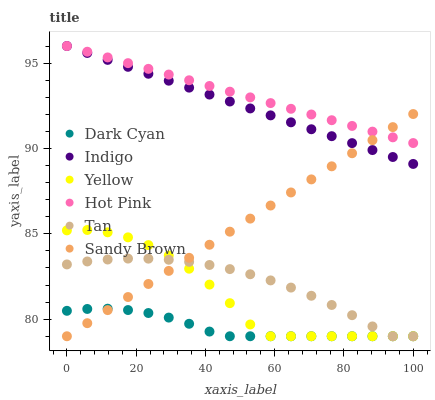
| xaxis_label | Dark Cyan | Indigo | Yellow | Hot Pink | Tan | Sandy Brown |
 | --- | --- | --- | --- | --- | --- | --- |
 | 0 | 80.5 | 96 | 85.2 | 96 | 83.2 | 79 |
 | 5.88 | 80.6 | 95.6 | 85.2 | 95.7 | 83.4 | 79.8 |
 | 11.8 | 80.6 | 95.2 | 85.1 | 95.3 | 83.5 | 80.5 |
 | 17.6 | 80.5 | 94.8 | 84.8 | 95 | 83.5 | 81.3 |
 | 23.5 | 80.4 | 94.4 | 84.3 | 94.7 | 83.5 | 82.1 |
 | 29.4 | 80.1 | 94 | 83.7 | 94.3 | 83.5 | 82.8 |
 | 35.3 | 79.7 | 93.6 | 83 | 94 | 83.4 | 83.6 |
 | 41.2 | 79.3 | 93.2 | 82 | 93.7 | 83.2 | 84.4 |
 | 47.1 | 79 | 92.7 | 80.9 | 93.3 | 82.9 | 85.1 |
 | 52.9 | 79 | 92.3 | 79.7 | 93 | 82.6 | 85.9 |
 | 58.8 | 79 | 91.9 | 79 | 92.7 | 82.3 | 86.7 |
 | 64.7 | 79 | 91.5 | 79 | 92.3 | 81.9 | 87.4 |
 | 70.6 | 79 | 91.1 | 79 | 92 | 81.4 | 88.2 |
 | 76.5 | 79 | 90.7 | 79 | 91.7 | 80.8 | 89 |
 | 82.4 | 79 | 90.3 | 79 | 91.3 | 80.2 | 89.7 |
 | 88.2 | 79 | 89.9 | 79 | 91 | 79.6 | 90.5 |
 | 94.1 | 79 | 89.5 | 79 | 90.7 | 79 | 91.3 |
 | 100 | 79 | 89.1 | 79 | 90.3 | 79 | 92 |